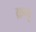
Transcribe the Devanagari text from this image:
क्रमू